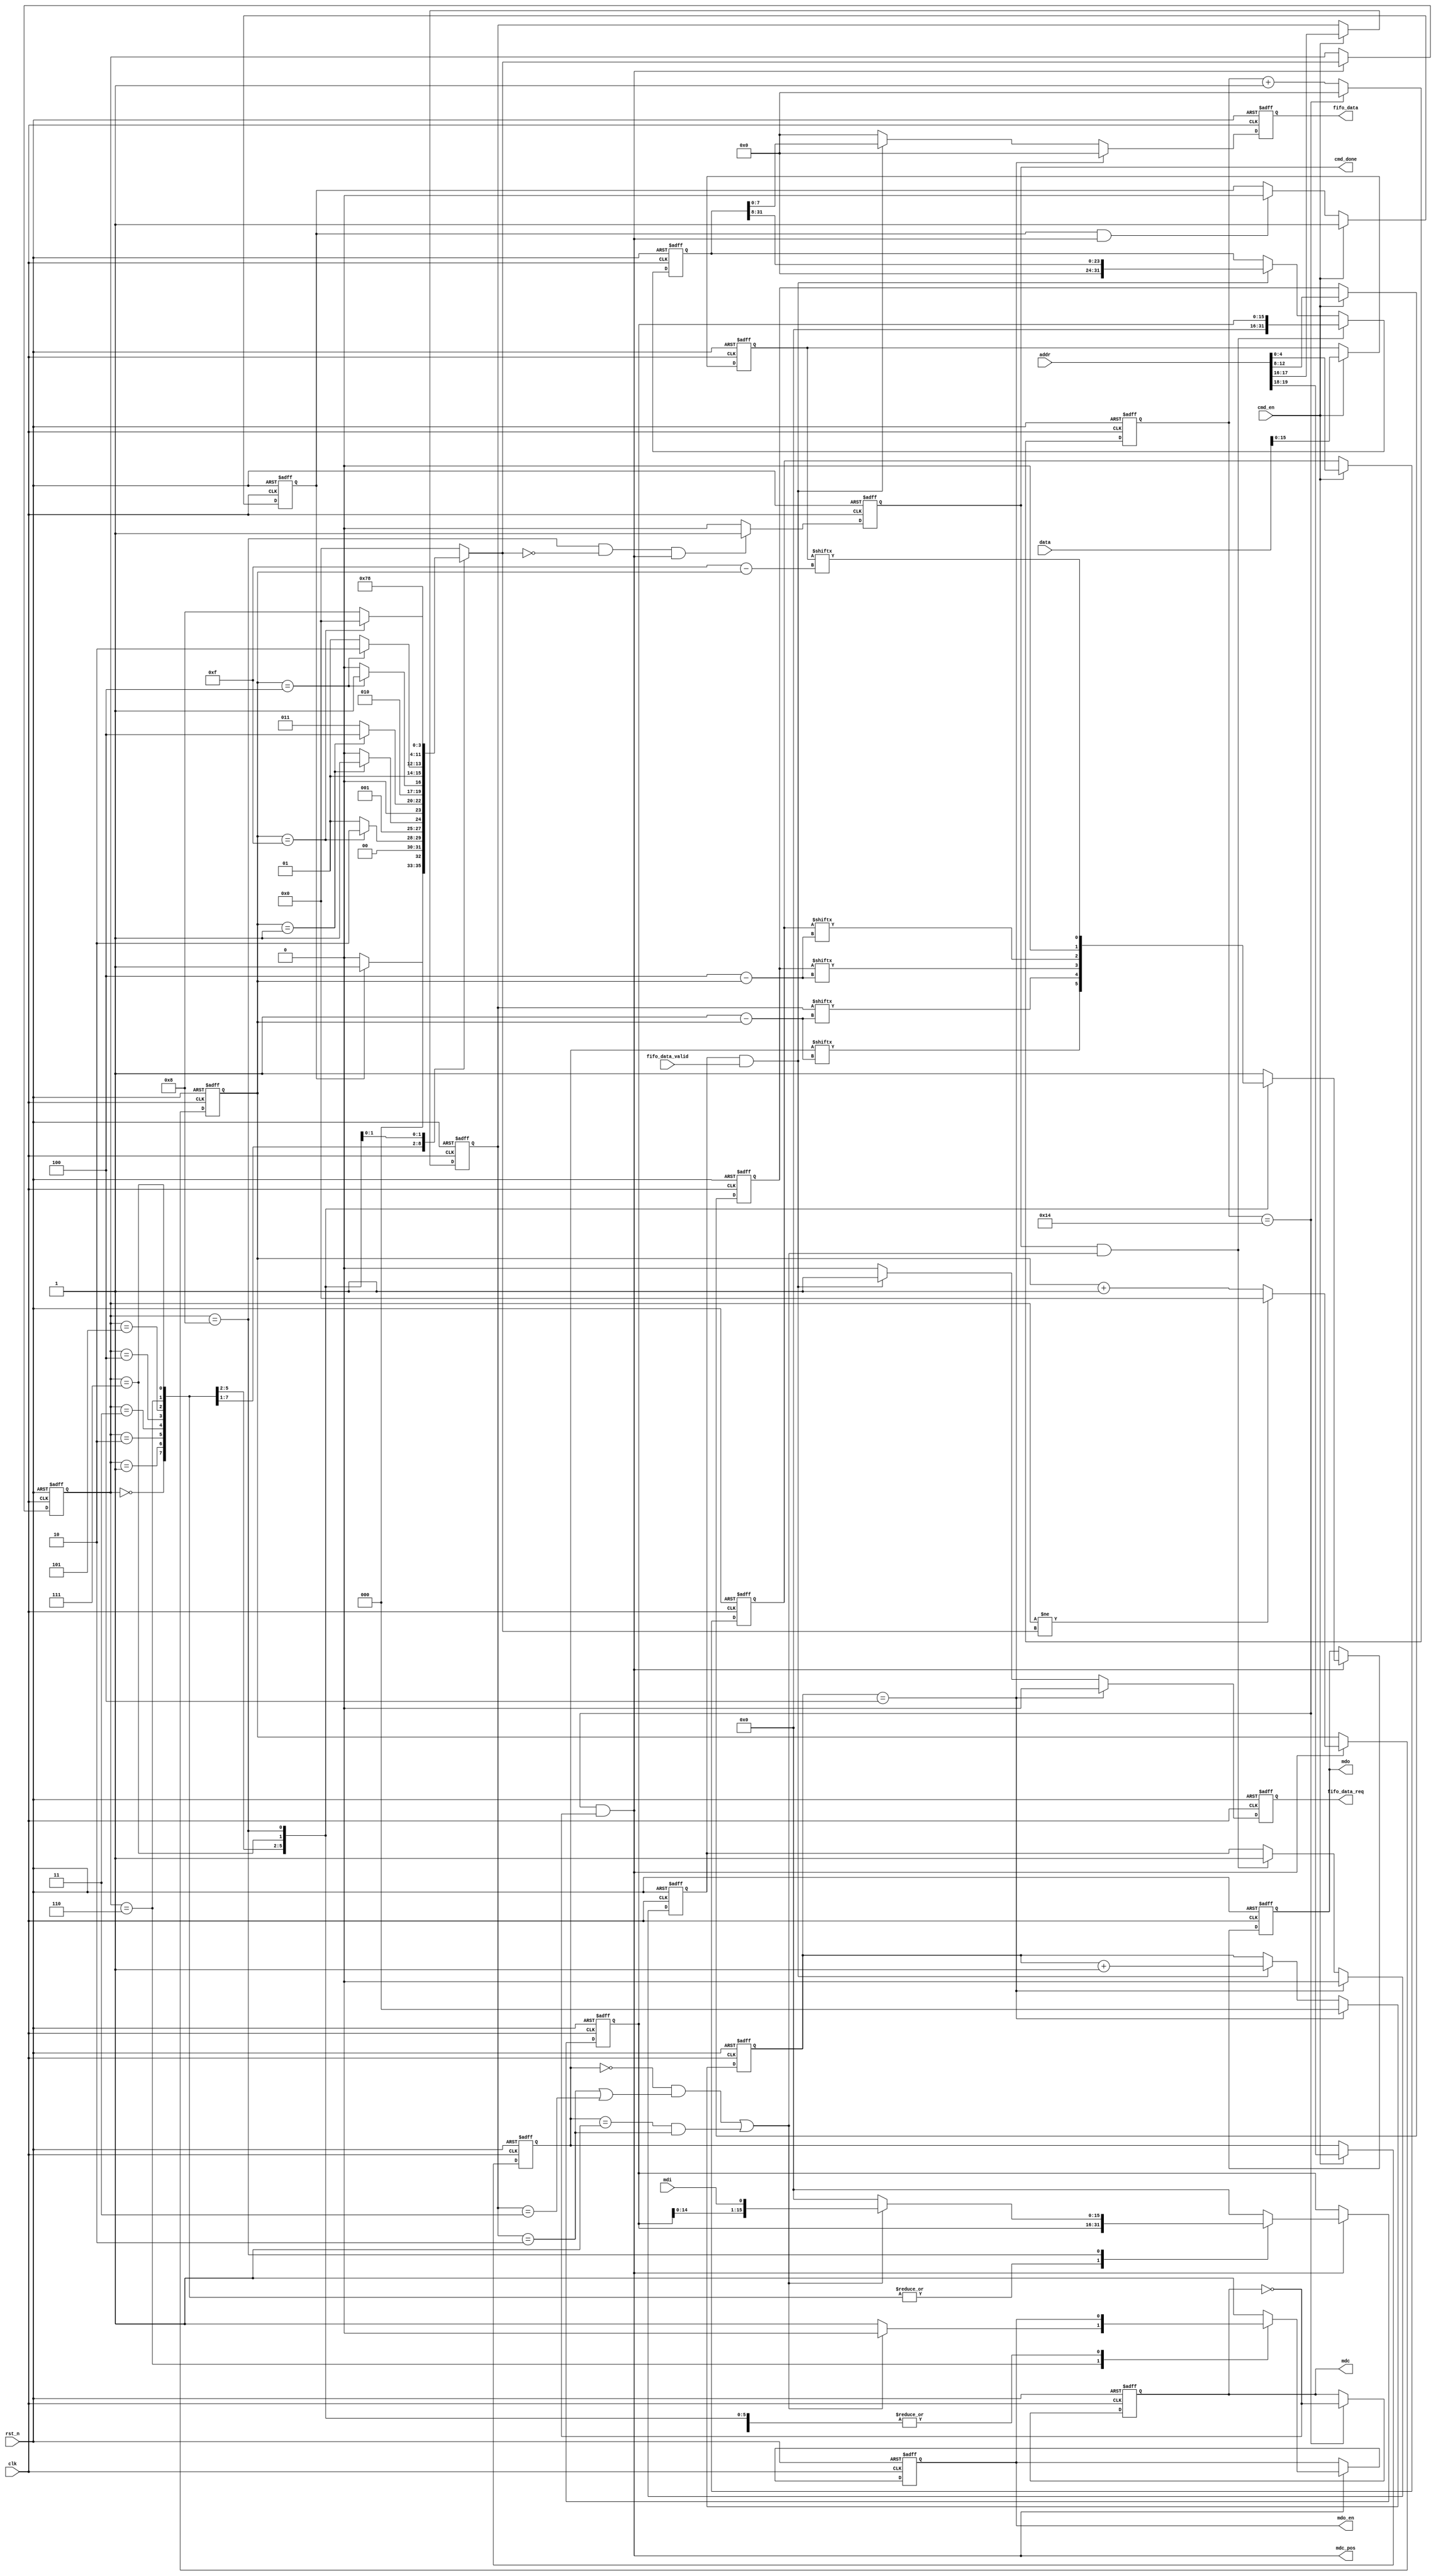
//******************************************************************
// Copyright (c) 2014 PANGO MICROSYSTEMS, INC
// ALL RIGHTS REVERVED.
//******************************************************************
`timescale 1ns/1ns
module pgr_mdio_mif_16bit #(
    parameter  MDC_DIV = 8'd20,
    parameter  AW = 8'd24,
    parameter  DW = 8'd32
)
(
    input               clk              ,
    input               rst_n            ,

    input       [AW-1:0]  addr             ,
    input       [DW-1:0]  data             ,
    input               cmd_en           ,
    output  reg         cmd_done         ,

    output  reg [7:0]   fifo_data        ,
    input               fifo_data_valid  ,
    output  reg         fifo_data_req    ,

    output  wire        mdc_pos          ,

    output  reg         mdc              ,
    input   wire        mdi              ,
    output  reg         mdo              ,
    output  reg         mdo_en
);

localparam  E_IDLE  = 4'd0;
localparam  E_PRE   = 4'd1;
localparam  E_ST    = 4'd2;
localparam  E_OP    = 4'd3;
localparam  E_AD1   = 4'd4;
localparam  E_AD2   = 4'd5;
localparam  E_TA0   = 4'd6;
localparam  E_TA1   = 4'd7;
localparam  E_DATA  = 4'd8;

reg  [3:0]   cnt              ;
reg  [1:0]   st               ;
reg  [1:0]   op               ;
reg  [4:0]   ad_part1         ; //phyad or prtad
reg  [4:0]   ad_part2         ; //regad or devad
reg  [15:0]  wdata            ;
reg          fsm_sta          ;

reg  [3:0]   MDIO_CS          ;
reg  [3:0]   MDIO_NS          ;
reg  [15:0]  rdata            ;
wire         mdio_rd          ;
reg  [7:0]   clk_div_cnt      ;
wire         mdc_inv          ;
//wire         mdc_pos          ;



always @(posedge clk or negedge rst_n)
begin
    if(~rst_n)
    begin
        st       <= 2'b01;
        op       <= 2'b10;
        ad_part1 <= 5'b00000;
        ad_part2 <= 5'b00000;
    end
    else if(cmd_en)
    begin
        st       <= addr[19:18];
        op       <= addr[17:16];
        ad_part1 <= addr[12:8];
        ad_part2 <= addr[4:0];
    end
end

assign mdio_rd = ((st == 2'b00) && ((op == 2'b10) || (op == 2'b11))) || ((st == 2'b01) && (op == 2'b10));

always @(posedge clk or negedge rst_n)
begin
    if(~rst_n)
        wdata <= 16'b0;
    else if(cmd_en)
        wdata <= data[15:0];
    else;
end

always @(posedge clk or negedge rst_n)
begin
    if(~rst_n)
        fsm_sta <= 1'b0;
    else if(cmd_en)
        fsm_sta <= 1'b1;
    else if(fsm_sta && mdc_pos)
        fsm_sta <= 1'b0;
    else;
end

always @(posedge clk or negedge rst_n)
begin
    if(~rst_n)
        clk_div_cnt <= 8'b0;
    else if(mdc_inv)
        clk_div_cnt <= 8'b0;
    else
        clk_div_cnt <= clk_div_cnt + 8'b1;
end

assign mdc_inv = (clk_div_cnt == MDC_DIV);

always @(posedge clk or negedge rst_n)
begin
    if(~rst_n)
        mdc <= 1'b0;
    else if(mdc_inv)
        mdc <= ~mdc;
    else;
end

assign mdc_pos = mdc_inv & (~mdc);

//************************************************************ main code ************************************************************************************

//1st always block, sequential state transition
always @(posedge clk or negedge rst_n)
begin
  if(!rst_n)
     MDIO_CS <= E_IDLE;
  else if(mdc_pos)
     MDIO_CS <= MDIO_NS;
  else;
end

//2nd always block,combinational codition judgment
always @( * )
begin
   case(MDIO_CS)
      E_IDLE:begin
         if(fsm_sta)
            MDIO_NS = E_PRE;
         else
            MDIO_NS = E_IDLE;
      end
      E_PRE:begin
         if(cnt == 4'd15)
            MDIO_NS = E_ST;
         else
            MDIO_NS = E_PRE;
      end
      E_ST:begin
         if(cnt == 4'd1)
            MDIO_NS = E_OP;
         else
            MDIO_NS = E_ST;
      end
      E_OP:begin
         if(cnt == 4'd1)
            MDIO_NS = E_AD1;
         else
            MDIO_NS = E_OP;
      end
      E_AD1:begin
         if(cnt == 4'd4)
            MDIO_NS = E_AD2;
         else
            MDIO_NS = E_AD1;
      end
      E_AD2:begin
         if(cnt == 4'd4)
            MDIO_NS = E_TA0;
         else
            MDIO_NS = E_AD2;
      end
      E_TA0:begin
         MDIO_NS = E_TA1;
      end
      E_TA1:begin
         MDIO_NS = E_DATA;
      end
      E_DATA:begin
         if(cnt==4'd15)
            MDIO_NS = E_IDLE;
         else
            MDIO_NS = E_DATA;
      end
      default:begin
         MDIO_NS = E_IDLE;
      end
   endcase
end

always @(posedge clk or negedge rst_n)
begin
  if(!rst_n)
      cnt <= 4'd0;
  else if(mdc_pos)
      if(MDIO_CS != MDIO_NS)
         cnt <= 4'd0;
      else
         cnt <= cnt + 4'd1;
  else;
end

//3rd always block,sequential FSM output
always @( posedge clk or negedge rst_n)
begin
   if(!rst_n)
   begin
      mdo    <= 1'b1;
      mdo_en <= 1'b1;
      rdata  <= 16'd0;
   end
   else if(mdc_pos)
   begin
      case(MDIO_CS)
         E_IDLE:
         begin
            mdo    <= 1'b1;
            mdo_en <= 1'b1;
         end
         E_PRE:
         begin
            mdo    <= 1'b1;
         end
         E_ST:
         begin
            mdo <= st[4'd1 - cnt];
         end
         E_OP:
         begin
            mdo <= op[4'd1 - cnt];
         end
         E_AD1:
         begin
            mdo <= ad_part1[4'd4 - cnt];
         end
         E_AD2:
         begin
            mdo <= ad_part2[4'd4 - cnt];
         end
         E_TA0:
         begin
            mdo <= 1'b1;
            if(mdio_rd)
               mdo_en <= 1'b0;
            else
               mdo_en <= 1'b1;
         end
         E_TA1:
         begin
            mdo <= 1'b0;
         end
         E_DATA:
         begin
            mdo <= wdata[4'd15 - cnt];
            if(mdio_rd)
               rdata <= {rdata[14:0],mdi};
            else
               rdata <= 16'd0;
         end
         default:
         begin
            mdo    <= 1'b1;
            mdo_en <= 1'b1;
            rdata  <= 16'd0;
         end
      endcase
   end
   else;
end

//while mdio frame is complete,the cmd_done will be one for one period
reg [31:0] rdata_vld;
reg rdata_en;
reg [2:0] cnt1;

always @(posedge clk or negedge rst_n)
begin
  if(!rst_n)
      cnt1 <= 3'b0;
  else if(cnt1 == 3'd4)
      cnt1 <= 3'b0;
  else if(rdata_en && fifo_data_valid)
      cnt1 <= cnt1 + 1'b1;
end

always @(posedge clk or negedge rst_n)
begin
  if(!rst_n)
      rdata_vld <= 32'b0;
  else if(cmd_done && mdio_rd)
      rdata_vld <= {16'b0,rdata};
  else if(rdata_en && fifo_data_valid)
      rdata_vld <= {8'b0, rdata_vld[31:8]};
end

always @(posedge clk or negedge rst_n)
begin
  if(!rst_n)
      cmd_done <= 1'b0;
  else if((MDIO_CS == E_DATA) && (MDIO_NS == E_IDLE) && mdc_pos)
      cmd_done <= 1'b1;
  else
      cmd_done <= 1'b0;
end

always @(posedge clk or negedge rst_n)
begin
  if(!rst_n)
      rdata_en <= 1'b0;
  else if(cnt1 == 3'd4)
      rdata_en <= 1'b0;
  else if(cmd_done && mdio_rd)
      rdata_en <= 1'b1;
end

always @(posedge clk or negedge rst_n)
begin
  if(!rst_n)
  begin
      fifo_data <= 8'b0;
      fifo_data_req <= 1'b0;
  end
  else if(cnt1 == 3'd4)
  begin
      fifo_data <= 8'b0;
      fifo_data_req <= 1'b0;
  end
  else if(rdata_en && fifo_data_valid)
  begin
      fifo_data <= rdata_vld[7:0];
      fifo_data_req <= 1'b1;
  end
  else
  begin
      fifo_data <= 8'b0;
      fifo_data_req <= 1'b0;
  end
end

endmodule //pgr_apb_mif